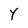
Character: Y